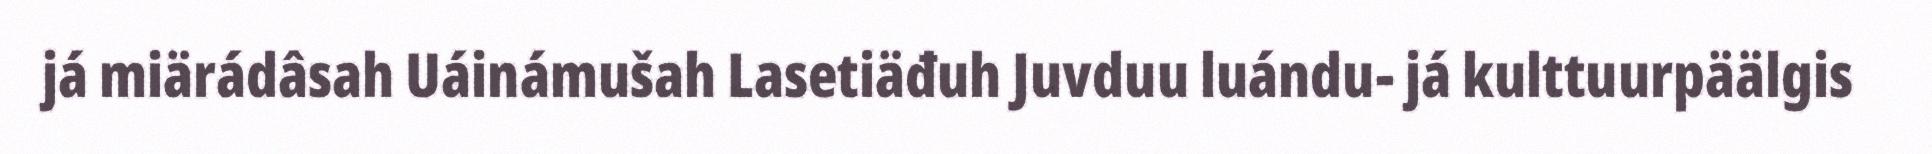
já miärádâsah Uáinámušah Lasetiäđuh Juvduu luándu- já kulttuurpäälgis